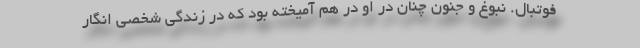
فوتبال. نبوغ و جنون چنان در او در هم آمیخته بود که در زندگی شخصی انگار